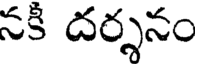
నకీ దర్శనం